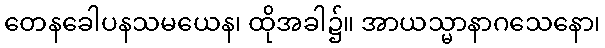
တေနခေါပနသမယေန၊ ထိုအခါ၌။ အာယသ္မာနာဂသေနော၊